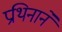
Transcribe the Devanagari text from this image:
प्रथिनाने